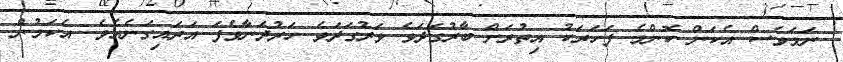
ނަމަވެސް އެކަން ކޮންމެ ފަހަރަކު އިތުރަށް ބާރުގަދަވެ ވަރުގަދަވެ ހަރުދަނާވެފަ އަރައިގަނެއެވެ. އެކަމުން